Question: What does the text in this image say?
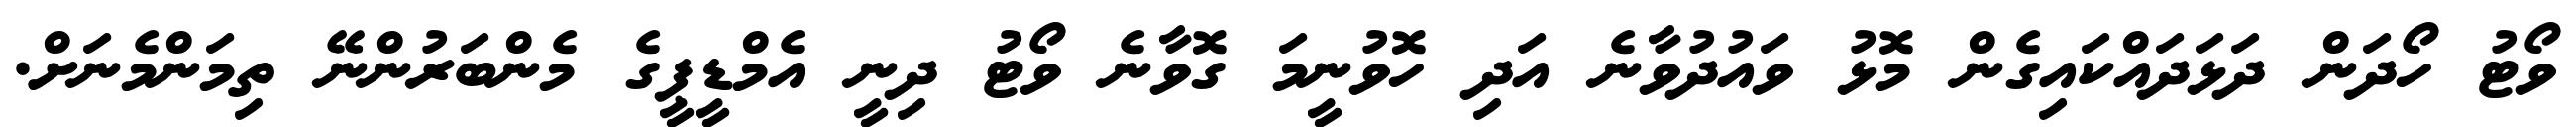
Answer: ވޯޓު ހޯދަން ދަޅަދައްކައިގެން މޮޅު ވައުދުވާނެ އަދި ހޮވުނީމަ ގޮވާނެ ވޯޓު ދިނީ އެމްޑީޕީގެ މެންބަރުންނޭ ތިމަންމެނަށް.